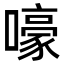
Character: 嚎